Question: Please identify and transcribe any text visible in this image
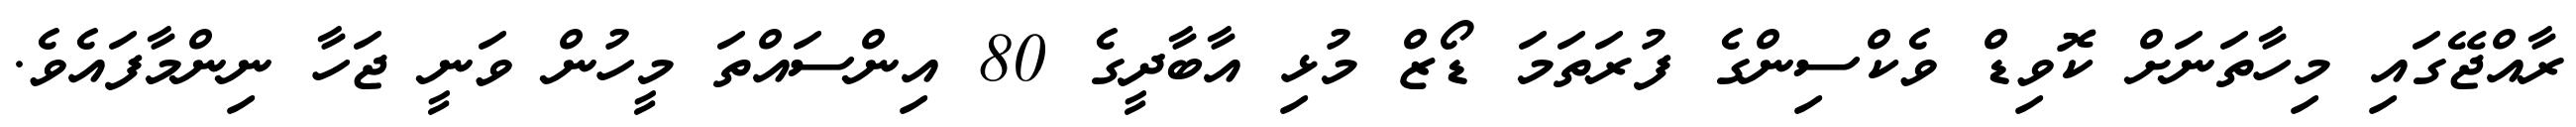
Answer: ރާއްޖޭގައި މިހާތަނަށް ކޮވިޑް ވެކްސިންގެ ފުރަތަމަ ޑޯޒް މުޅި އާބާދީގެ 80 އިންސައްތަ މީހުން ވަނީ ޖަހާ ނިންމާފައެވެ.